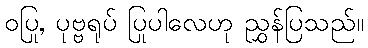
ဝပြု, ပုဗ္ဗရုပ် ပြုပါလေဟု ညွှန်ပြသည်။